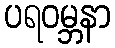
ပရဝမ္ဘနာ